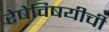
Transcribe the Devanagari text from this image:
रेषेविषयीची